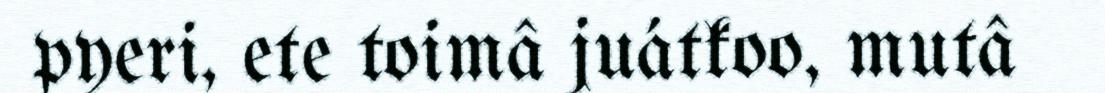
pyeri, ete toimâ juátkoo, mutâ